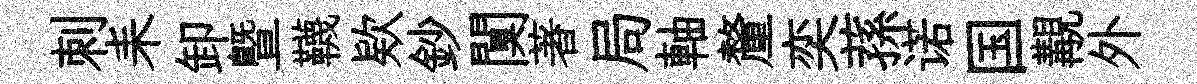
刺耒卸暨韈欵鈔闃著局軸釐奕蓀诺国覯外